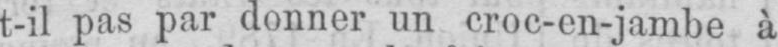
t-il pas par donner un croc-en-jambe à